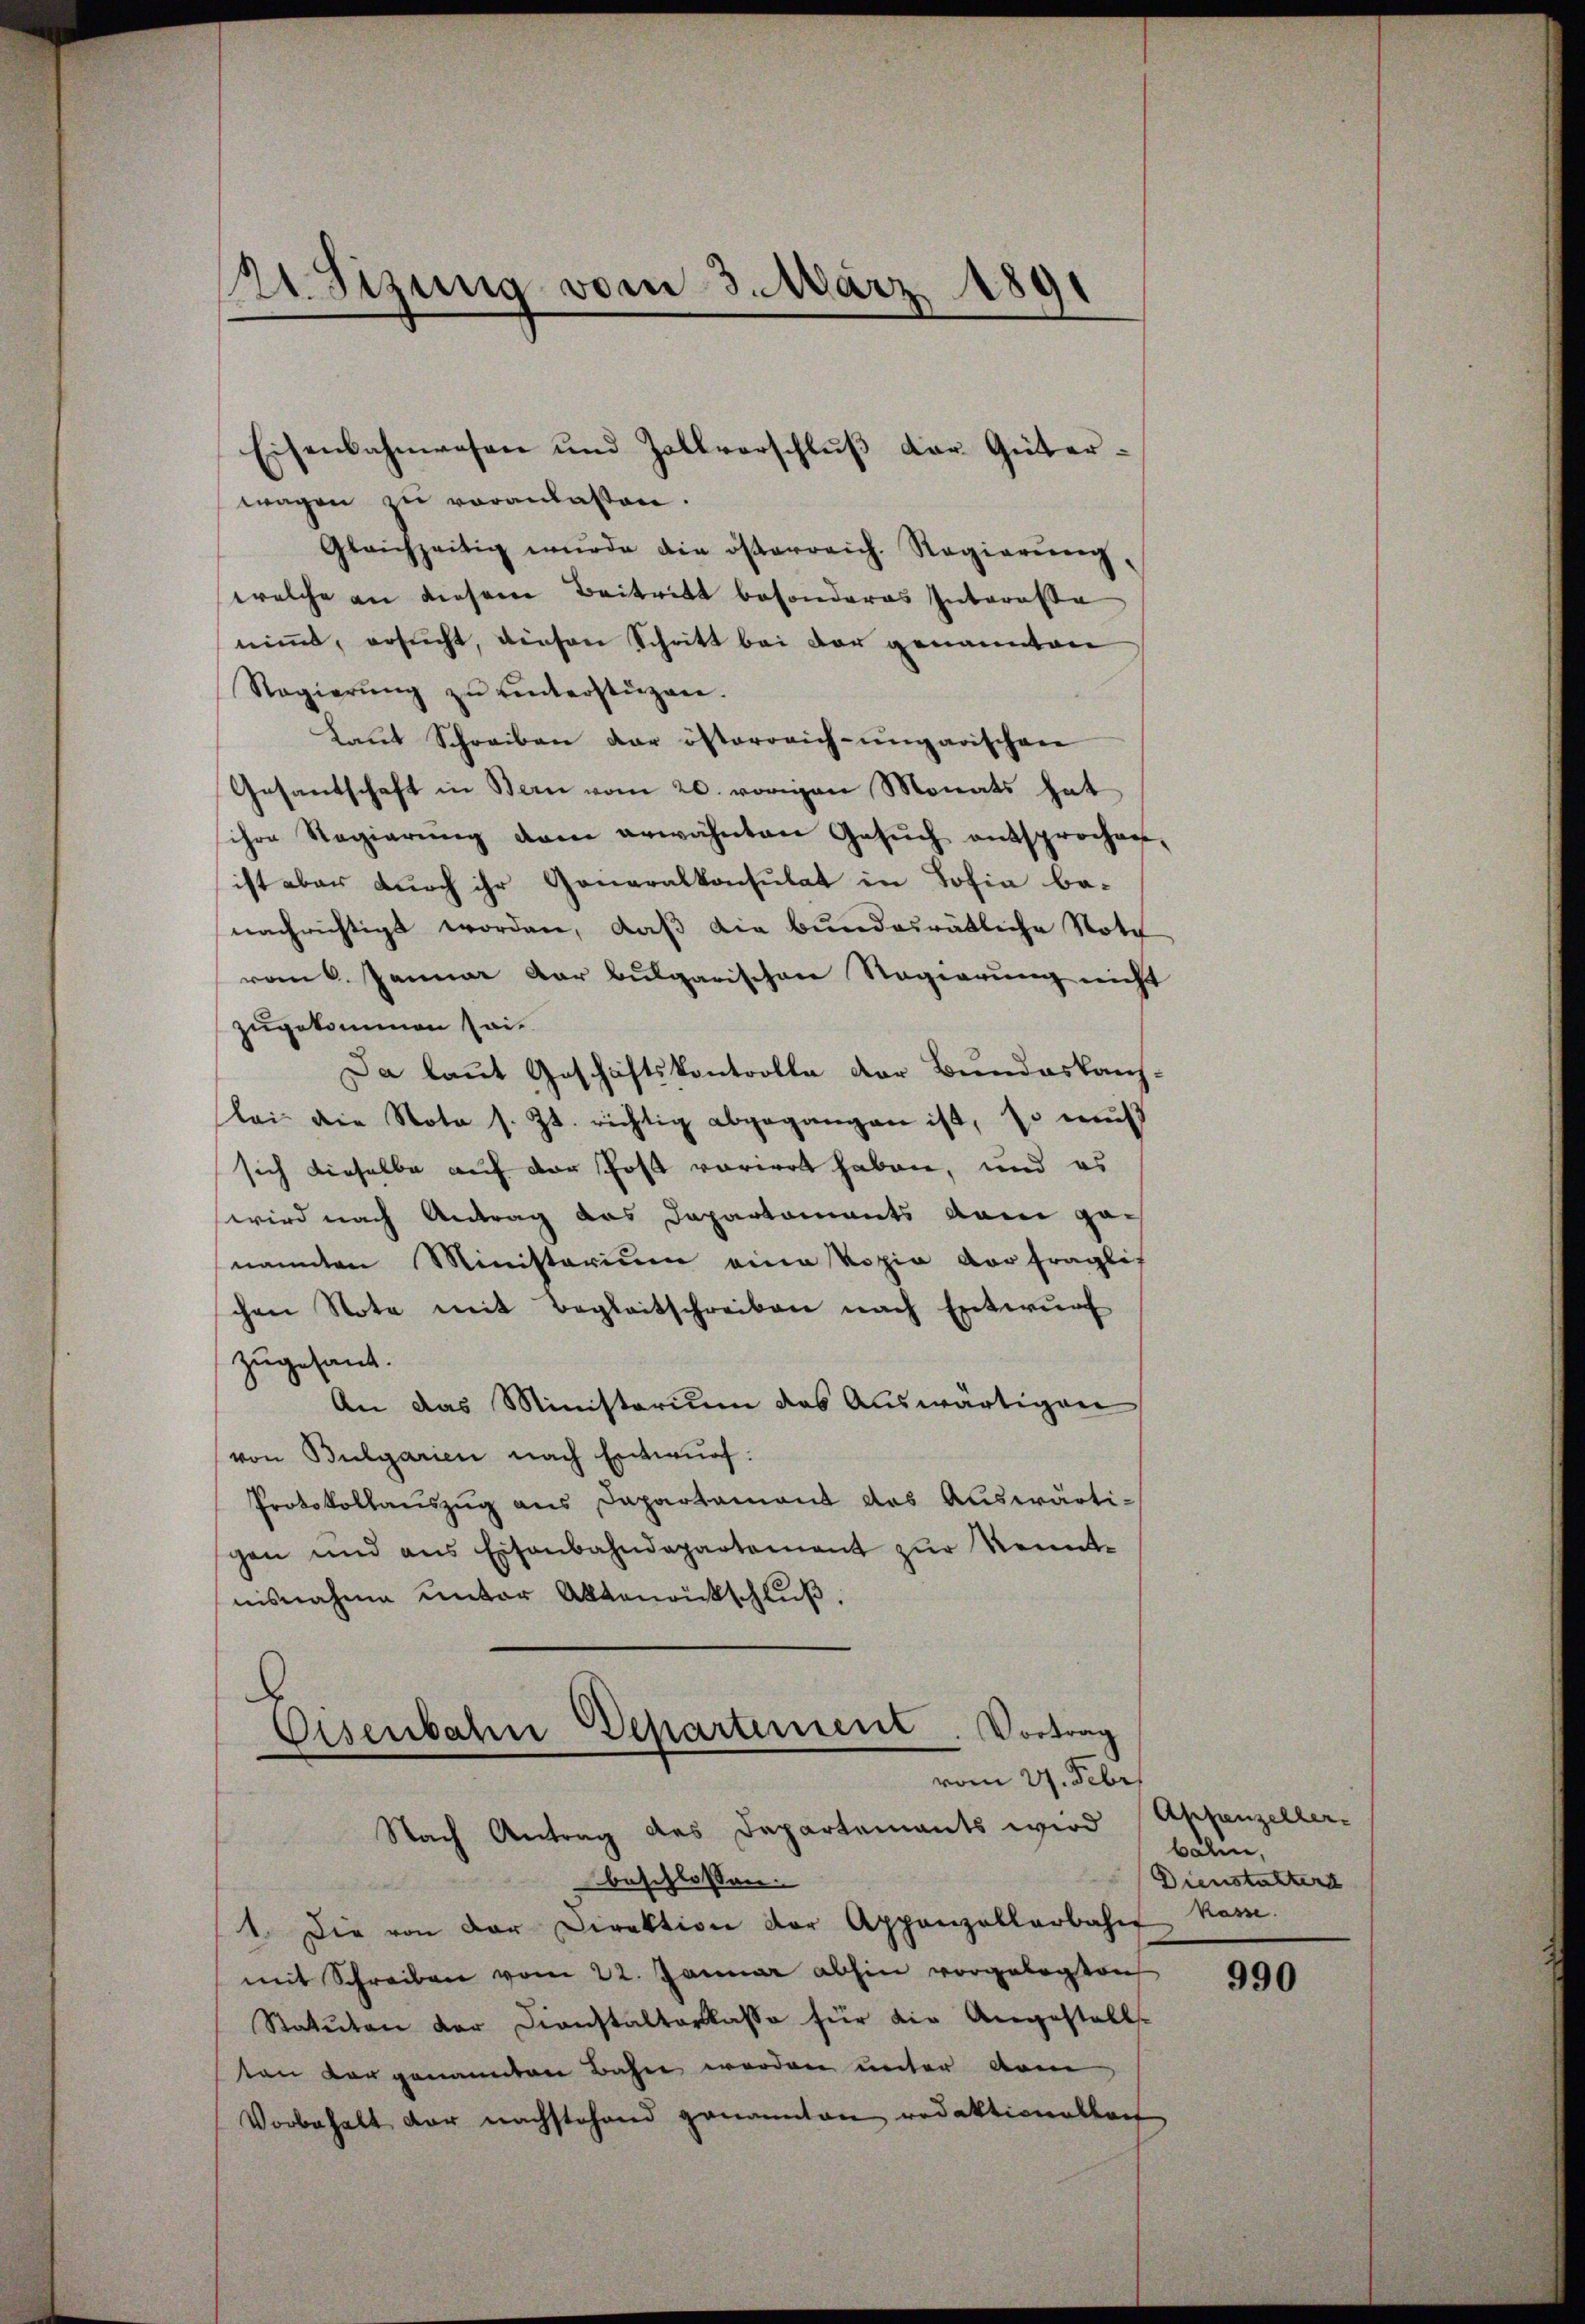
E Sizung vom 3. März 1891

Eisenbahnwesen und Zollverschlŭβ der Güter-

Eisenbahn Departement. Vortrag
vom 27. Febr.
Nach Antrag des Departements wird

wagen zu veranlassen.
Gleichzeitig wurde die österreich. Regierŭng
welche an diesem Beitritt besonderes Interesse
nimmt, ersucht, diesen Schritt bei der genannten
Regierŭng zŭ ŭnterstüzen.
Laŭt Schreiben der österreich-ungarischen
Gesandschaft in Bern vom 20. vorigen Monats hat
sihre Regierŭng dem erwähnten Gesŭch entsprochen,
ist aber durch ihr Generalkonsulat in Tofia benachrichtigt worden, daß die bundesrätliche Noti
vom 6. Januar der bulgarischen Regierung nicht
zugekommen sei¬
Da laut Geschäftskontrolle der Bundeskanz-
lei die Nota s. Zt. richtig abgegangen ist, so mus
sich dieselbe auf der Post voriert haben, und es
wird nach Antrag das Departements dem genannten Ministerium eine Kopia vor fraglic
chen Note mit Begleitschreiben nach Entwŭrf
zugesand.
An das Ministerium das Auswärtigen
von Bulgarien nach Entwŭrf:
Protokollauszug aus Dapartament das Auswärtigen und aus Eisenbahndepartement zur Kenntnisnahme unter Aktenrückschluß.

beschlossen.
1. Die von der Direktion der Appenzellerbahn kam.
mit Schreiben vom 22. Januar abhin vorgelegten
Statuten der Dienstalterlasse für die Angestalls-
ten vorgenannten Bahn werden unter vom
Vorbehalt der nachstehend genannten redaktionalban

Appenzelher
balen,
Dienstaltert

990